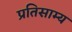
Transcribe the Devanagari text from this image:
प्रतिसाम्य